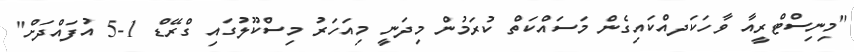
"މިނިސްޓްރީއާ ވާހަކަދއްކައިގެން މަސައްކަތް ކުރަމުން މިދަނީ މިއަހަރު މިސްކޫލުގައި ގްރޭޑް 1-5 އުފައްދަށް"